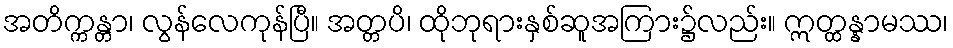
အတိက္ကန္တာ၊ လွန်လေကုန်ပြီ။ အတ္တပိ၊ ထိုဘုရားနှစ်ဆူအကြား၌လည်း။ ဣတ္ထန္နာမဿ၊